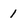
Character: 1